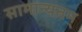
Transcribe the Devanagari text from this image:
सामान्यतम्